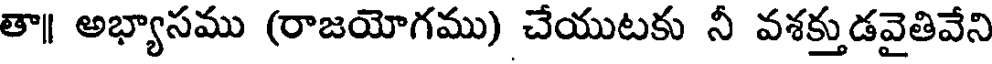
తా॥ అభ్యాసము (రాజయోగము) చేయుటకు నీ వశక్తుడవైతివేని